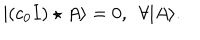
LaTeX: | ( c _ { 0 } I ) \star A \rangle = 0 , \ \ \forall | A \rangle .